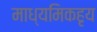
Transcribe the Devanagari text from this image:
माध्यमिकहृय